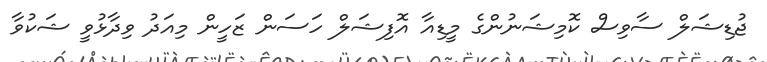
ޖުޑިޝަލް ސާވިސް ކޮމިޝަނުންގެ މީޑިއާ އޮފިޝަލް ހަސަން ޒަހީން މިއަދު ވިދާޅުވީ ޝަކުވާ